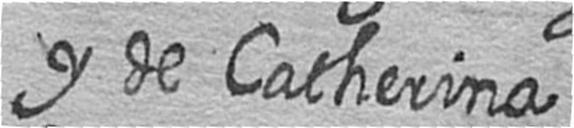
y de Catherina